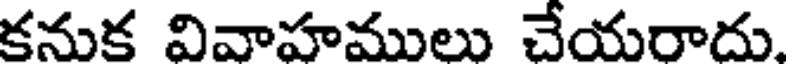
కనుక వివాహములు చేయరాదు.